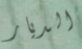
الديار